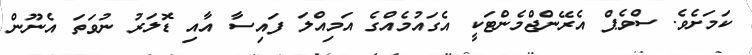
ކަމަށެވެ. ސްވެޕް އެރޭންޖްމެންޓަކީ އެގައުމެއްގެ އަމިއްލަ ފައިސާ އާއި ޑޮލަރު ނުވަތަ އެނޫން